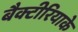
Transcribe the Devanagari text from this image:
बैक्टीरियाके